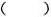
( )